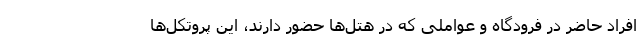
افراد حاضر در فرودگاه و عواملی که در هتل‌ها حضور دارند، این پروتکل‌ها